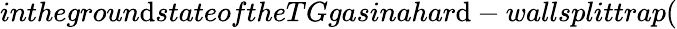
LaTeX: inthegroun\mathrm{d}stateoftheTGgasinahar\mathrm{d}-wallsplittrap(